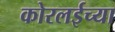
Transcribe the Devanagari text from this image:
कोरलईच्या